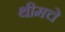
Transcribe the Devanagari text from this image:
थीमचे